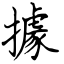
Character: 據